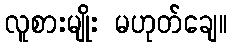
လူစားမျိုး မဟုတ်ချေ။